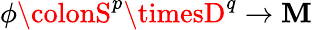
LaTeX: \phi\colonS^{p}\timesD^{q}\to\mathbf{M}